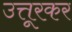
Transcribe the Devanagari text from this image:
उत्तूरकर